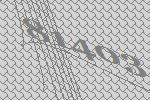
81403